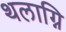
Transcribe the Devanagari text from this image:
थलाग्नि